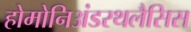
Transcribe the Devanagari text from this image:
होमोनिअंडरथलैसिस